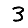
Digit: 3